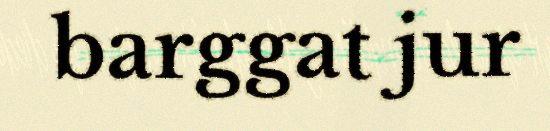
barggat jur